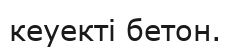
кеуекті бетон.